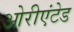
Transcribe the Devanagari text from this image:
ओरीएंटेड